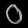
Digit: ၀